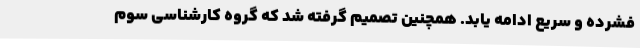
فشرده و سریع ادامه یابد. همچنین تصمیم گرفته شد که گروه کارشناسی سوم